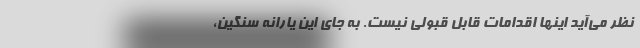
نظر می‌آید اینها اقدامات قابل قبولی نیست. به جای این یارانه سنگین،